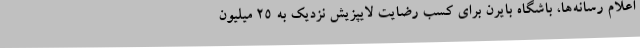
اعلام رسانه‌ها، باشگاه بایرن برای کسب رضایت لایپزیش نزدیک به ۲۵ میلیون